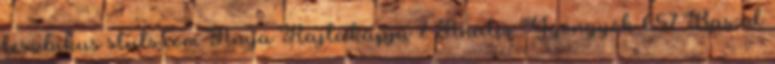
leszbikus sluts.com Anya Rajtakapja 7 Anális Gyöngyök 657 Baszd